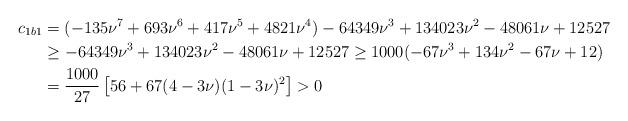
LaTeX: \begin{align*}c_{1b1}&=(-135\nu^7+693\nu^6+417\nu^5+4821\nu^4)-64349\nu^3+134023\nu^2-48061\nu+12527\\ &\ge -64349\nu^3+134023\nu^2-48061\nu+12527\ge 1000 (-67\nu^3+134\nu^2-67\nu+12)\\ &=\frac{1000}{27}\left[ 56+ 67(4-3\nu) (1-3\nu)^2\right]>0\end{align*}